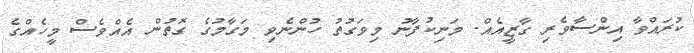
ކުރައްވާ އިންސާވެރި ގާޒީއެއް. މަނިކުފާނު މިވަގުތު ހުންނެވި މަގާމުގެ ގޮތުން އެއްވެސް މީހެއްގެ